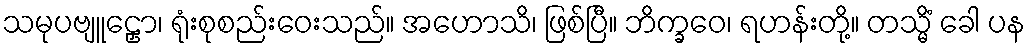
သမုပဗျူဠှော၊ ရုံးစုစည်းဝေးသည်။ အဟောသိ၊ ဖြစ်ပြီ။ ဘိက္ခဝေ၊ ရဟန်းတို့။ တသ္မိံ ခေါ ပန